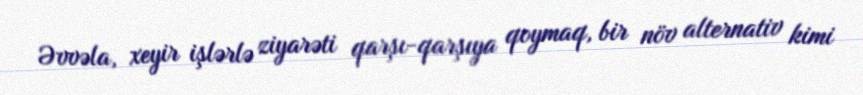
Əvvəla, xeyir işlərlə ziyarəti qarşı-qarşıya qoymaq, bir növ alternativ kimi